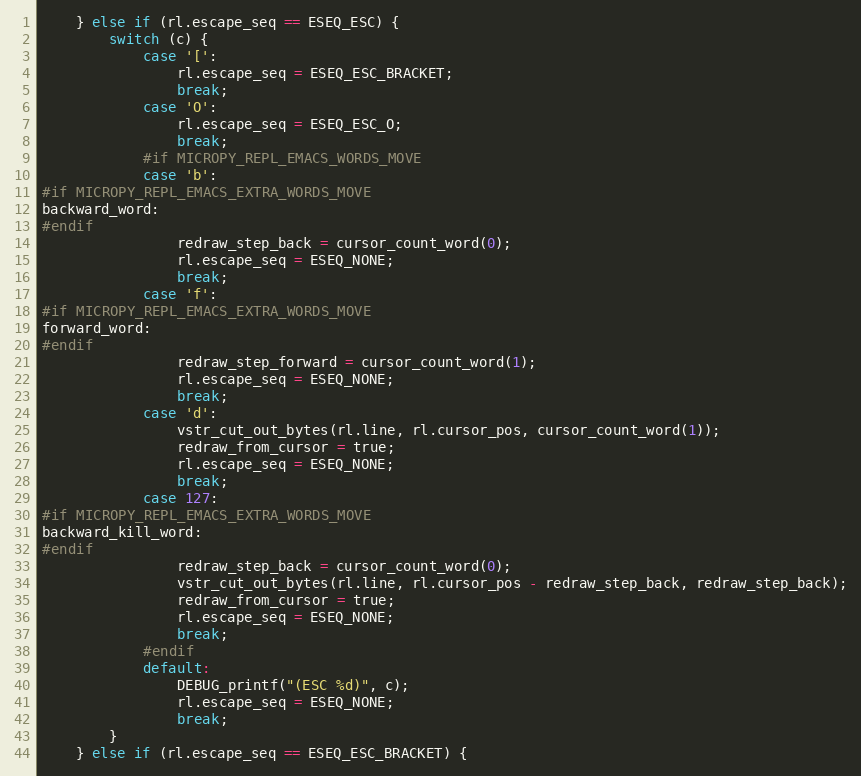
Language: C
    } else if (rl.escape_seq == ESEQ_ESC) {
        switch (c) {
            case '[':
                rl.escape_seq = ESEQ_ESC_BRACKET;
                break;
            case 'O':
                rl.escape_seq = ESEQ_ESC_O;
                break;
            #if MICROPY_REPL_EMACS_WORDS_MOVE
            case 'b':
#if MICROPY_REPL_EMACS_EXTRA_WORDS_MOVE
backward_word:
#endif
                redraw_step_back = cursor_count_word(0);
                rl.escape_seq = ESEQ_NONE;
                break;
            case 'f':
#if MICROPY_REPL_EMACS_EXTRA_WORDS_MOVE
forward_word:
#endif
                redraw_step_forward = cursor_count_word(1);
                rl.escape_seq = ESEQ_NONE;
                break;
            case 'd':
                vstr_cut_out_bytes(rl.line, rl.cursor_pos, cursor_count_word(1));
                redraw_from_cursor = true;
                rl.escape_seq = ESEQ_NONE;
                break;
            case 127:
#if MICROPY_REPL_EMACS_EXTRA_WORDS_MOVE
backward_kill_word:
#endif
                redraw_step_back = cursor_count_word(0);
                vstr_cut_out_bytes(rl.line, rl.cursor_pos - redraw_step_back, redraw_step_back);
                redraw_from_cursor = true;
                rl.escape_seq = ESEQ_NONE;
                break;
            #endif
            default:
                DEBUG_printf("(ESC %d)", c);
                rl.escape_seq = ESEQ_NONE;
                break;
        }
    } else if (rl.escape_seq == ESEQ_ESC_BRACKET) {